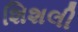
શિશલી